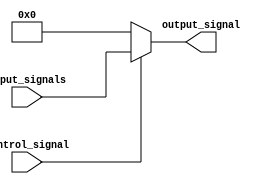
module IO_Mux_Demux_Buffer (
    input [7:0] input_signals,
    input control_signal,
    output reg [7:0] output_signal
);

always @ (control_signal or input_signals)
begin
    if (control_signal == 1'b0)
        output_signal = 8'b00000000;
    else
        output_signal = input_signals;
end

endmodule